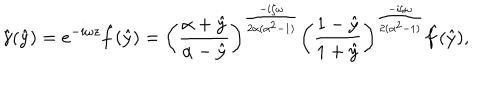
LaTeX: \hat { \gamma } ( \hat { y } ) = e ^ { - i \omega z } \hat { f } ( \hat { y } ) = \left( \frac { \alpha + \hat { y } } { \alpha - \hat { y } } \right) ^ { \frac { - i \zeta \omega } { 2 \alpha ( \alpha ^ { 2 } - 1 ) } } \left( \frac { 1 - \hat { y } } { 1 + \hat { y } } \right) ^ { \frac { - i \zeta \omega } { 2 ( \alpha ^ { 2 } - 1 ) } } \hat { f } ( \hat { y } ) ,